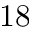
1 8